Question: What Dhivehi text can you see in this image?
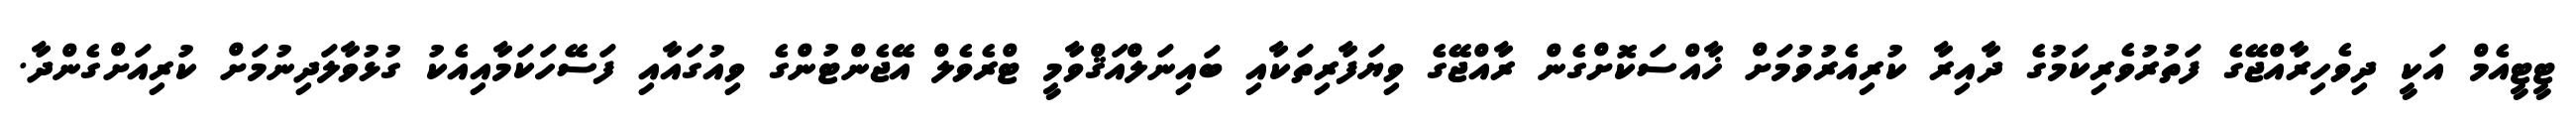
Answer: ޓީޓީއެމް އަކީ ދިވެހިރާއްޖޭގެ ފަތުރުވެރިކަމުގެ ދާއިރާ ކުރިއެރުވުމަށް ޚާއްސަކޮށްގެން ރާއްޖޭގެ ވިޔަފާރިތަކާއި ބައިނަލްްއަޤްވާމީ ޓްރެވެލް އޭޖެންޓުންގެ ވިއުގައާއި ފަސޭހަކަމާއިއެކު ގުޅުވާލަދިނުމަށް ކުރިއަށްގެންދާ.